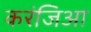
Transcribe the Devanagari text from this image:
करंजिआ